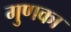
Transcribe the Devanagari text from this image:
गुणका